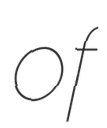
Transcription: of